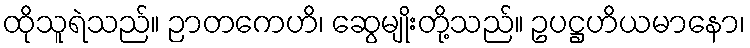
ထိုသူရဲသည်။ ဉာတကေဟိ၊ ဆွေမျိုးတို့သည်။ ဥပဋ္ဌဟိယမာနော၊